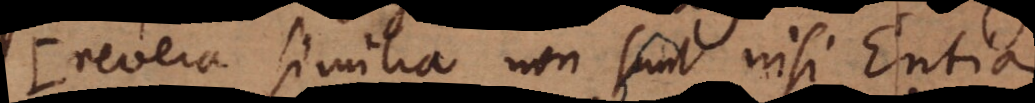
Revera similia non sunt nisi Entia